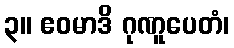
၃။ ဧဝမာဒိ ဂုဏူပေတံ၊